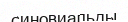
синовиальды